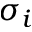
\sigma _ { i }